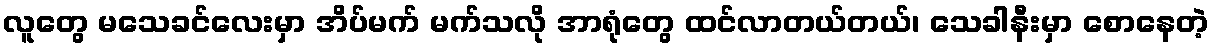
လူတွေ မသေခင်လေးမှာ အိပ်မက် မက်သလို အာရုံတွေ ထင်လာတယ်တယ်၊ သေခါနီးမှာ စောနေတဲ့